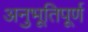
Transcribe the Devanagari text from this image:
अनुभूतिपूर्ण